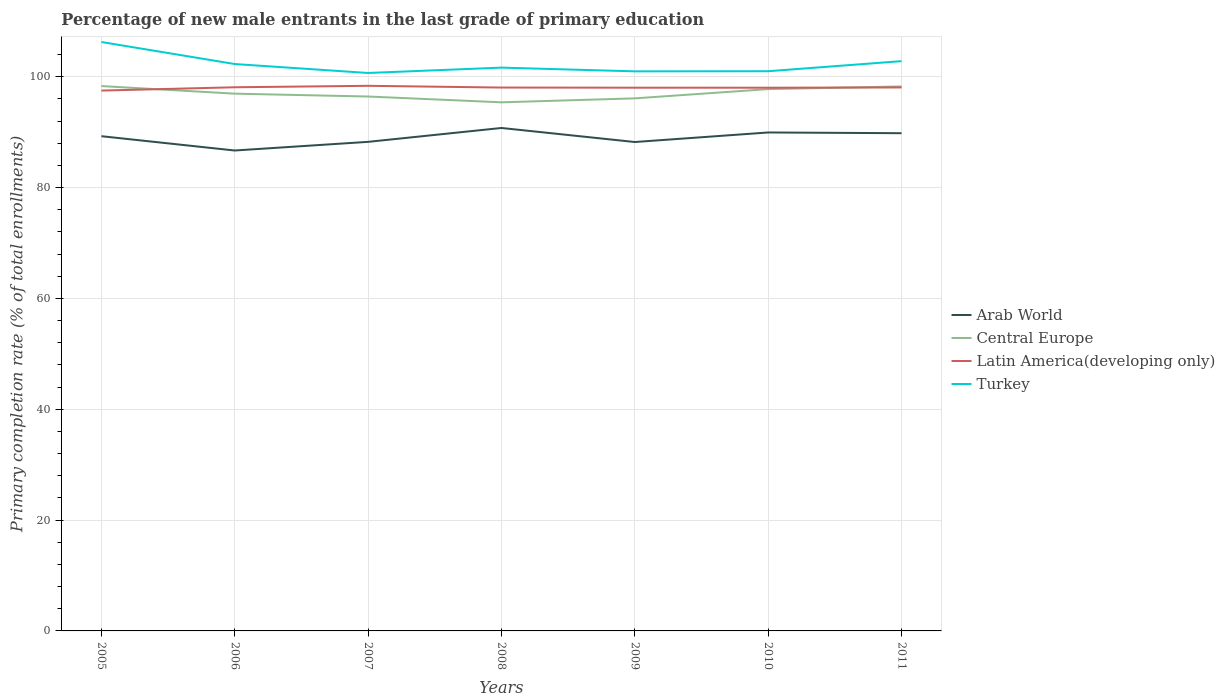
| Years | Arab World | Central Europe | Latin America(developing only) | Turkey |
 | --- | --- | --- | --- | --- |
 | 2005 | 89.3 | 98.3 | 97.5 | 106 |
 | 2006 | 86.7 | 96.9 | 98.1 | 102 |
 | 2007 | 88.2 | 96.4 | 98.4 | 101 |
 | 2008 | 90.7 | 95.4 | 98 | 102 |
 | 2009 | 88.2 | 96.1 | 98 | 101 |
 | 2010 | 89.9 | 97.8 | 98 | 101 |
 | 2011 | 89.8 | 98.2 | 98.1 | 103 |